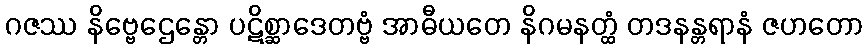
ဂဇဿ နိဗ္ဗေဌေန္တော ပဋိစ္ဆာဒေတဗ္ဗံ အာဓီယတေ နိဂမနတ္ထံ တဒနန္တရာနံ ဇဟတော